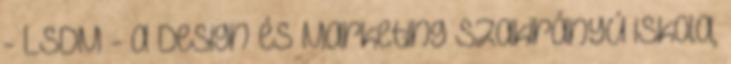
- LSDM - a Design és Marketing szakirányú iskola,